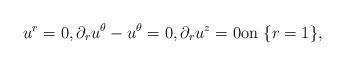
LaTeX: \begin{align*}u^{r}=0,\partial_r u^{\theta}-u^{\theta}=0,\partial_r u^{z}=0\textrm{on}\ \{r=1\}, \end{align*}